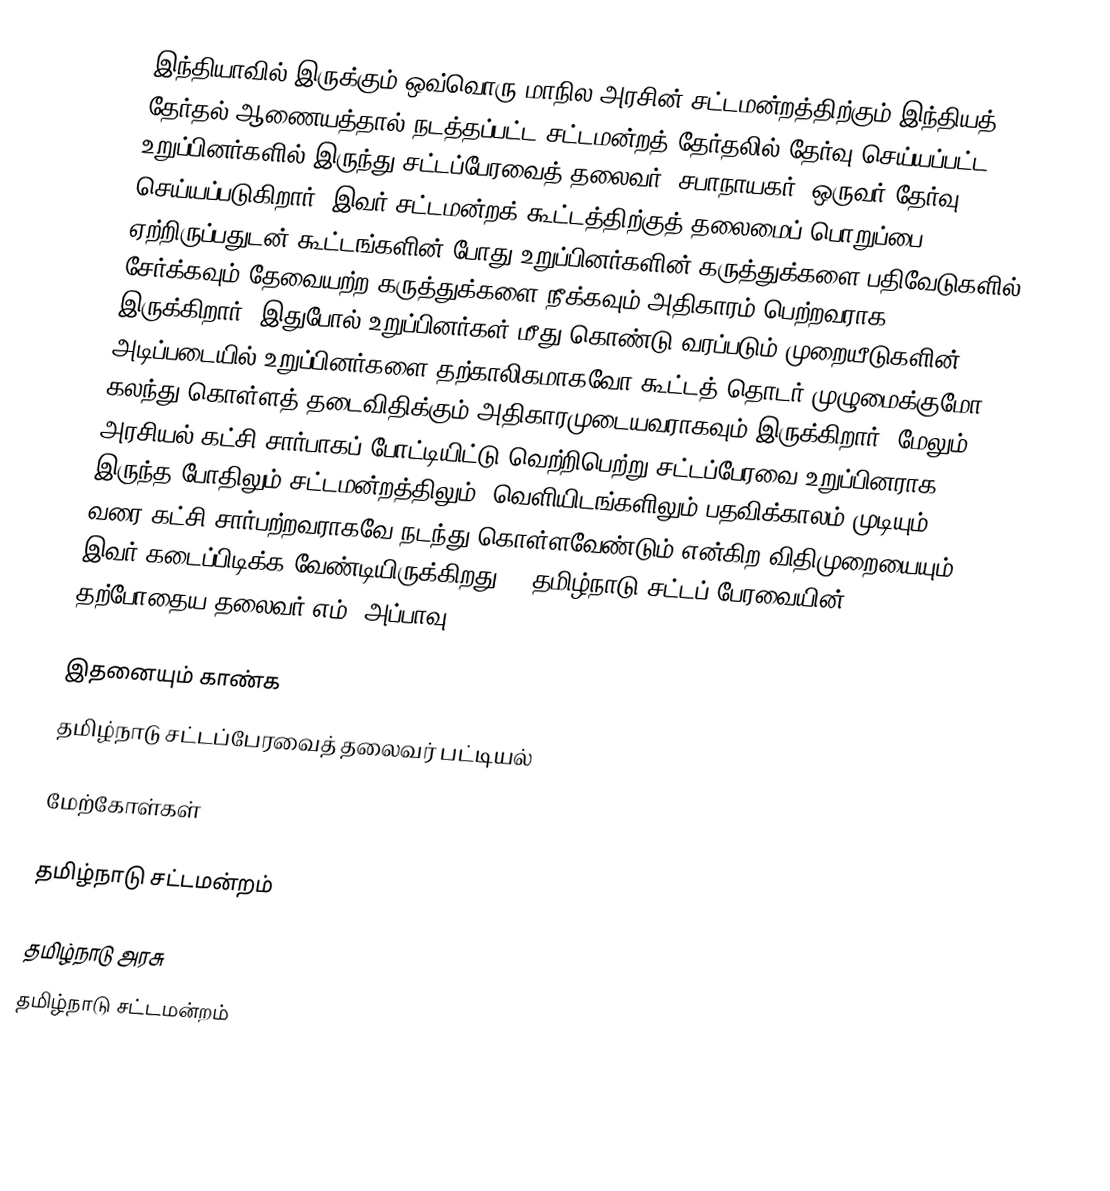
இந்தியாவில் இருக்கும் ஒவ்வொரு மாநில அரசின் சட்டமன்றத்திற்கும் இந்தியத் தேர்தல் ஆணையத்தால் நடத்தப்பட்ட சட்டமன்றத் தேர்தலில் தேர்வு செய்யப்பட்ட உறுப்பினர்களில் இருந்து சட்டப்பேரவைத் தலைவர் (சபாநாயகர்) ஒருவர் தேர்வு செய்யப்படுகிறார். இவர் சட்டமன்றக் கூட்டத்திற்குத் தலைமைப் பொறுப்பை ஏற்றிருப்பதுடன் கூட்டங்களின் போது உறுப்பினர்களின் கருத்துக்களை பதிவேடுகளில் சேர்க்கவும் தேவையற்ற கருத்துக்களை நீக்கவும் அதிகாரம் பெற்றவராக இருக்கிறார். இதுபோல் உறுப்பினர்கள் மீது கொண்டு வரப்படும் முறையீடுகளின் அடிப்படையில் உறுப்பினர்களை தற்காலிகமாகவோ கூட்டத் தொடர் முழுமைக்குமோ கலந்து கொள்ளத் தடைவிதிக்கும் அதிகாரமுடையவராகவும் இருக்கிறார். மேலும் அரசியல் கட்சி சார்பாகப் போட்டியிட்டு வெற்றிபெற்று சட்டப்பேரவை உறுப்பினராக இருந்த போதிலும் சட்டமன்றத்திலும், வெளியிடங்களிலும் பதவிக்காலம் முடியும் வரை கட்சி சார்பற்றவராகவே நடந்து கொள்ளவேண்டும் என்கிற விதிமுறையையும் இவர் கடைப்பிடிக்க வேண்டியிருக்கிறது. * தமிழ்நாடு சட்டப் பேரவையின் தற்போதைய தலைவர் எம். அப்பாவு

இதனையும் காண்க
 தமிழ்நாடு சட்டப்பேரவைத் தலைவர் பட்டியல்

மேற்கோள்கள்

தமிழ்நாடு சட்டமன்றம்

தமிழ்நாடு அரசு
தமிழ்நாடு சட்டமன்றம்